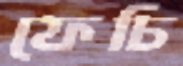
ফেচি